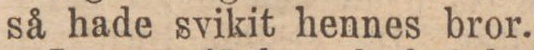
så hade svikit hennes bror.